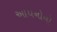
આયનોનો